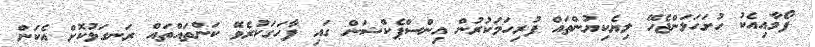
ފޯމާއިއެކު ހުށަހަޅަންޖެހޭ ލިޔެކިޔުންތައް ފުރިހަމަކުރުން އިންސްޕެކްޝަން ގައި ފާހަގަކުރެވޭ ކަންތައްތައް ރަނގަޅުކޮށް އެކަން